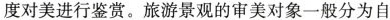
度对美进行鉴赏。旅游景观的审美对象一般分为自